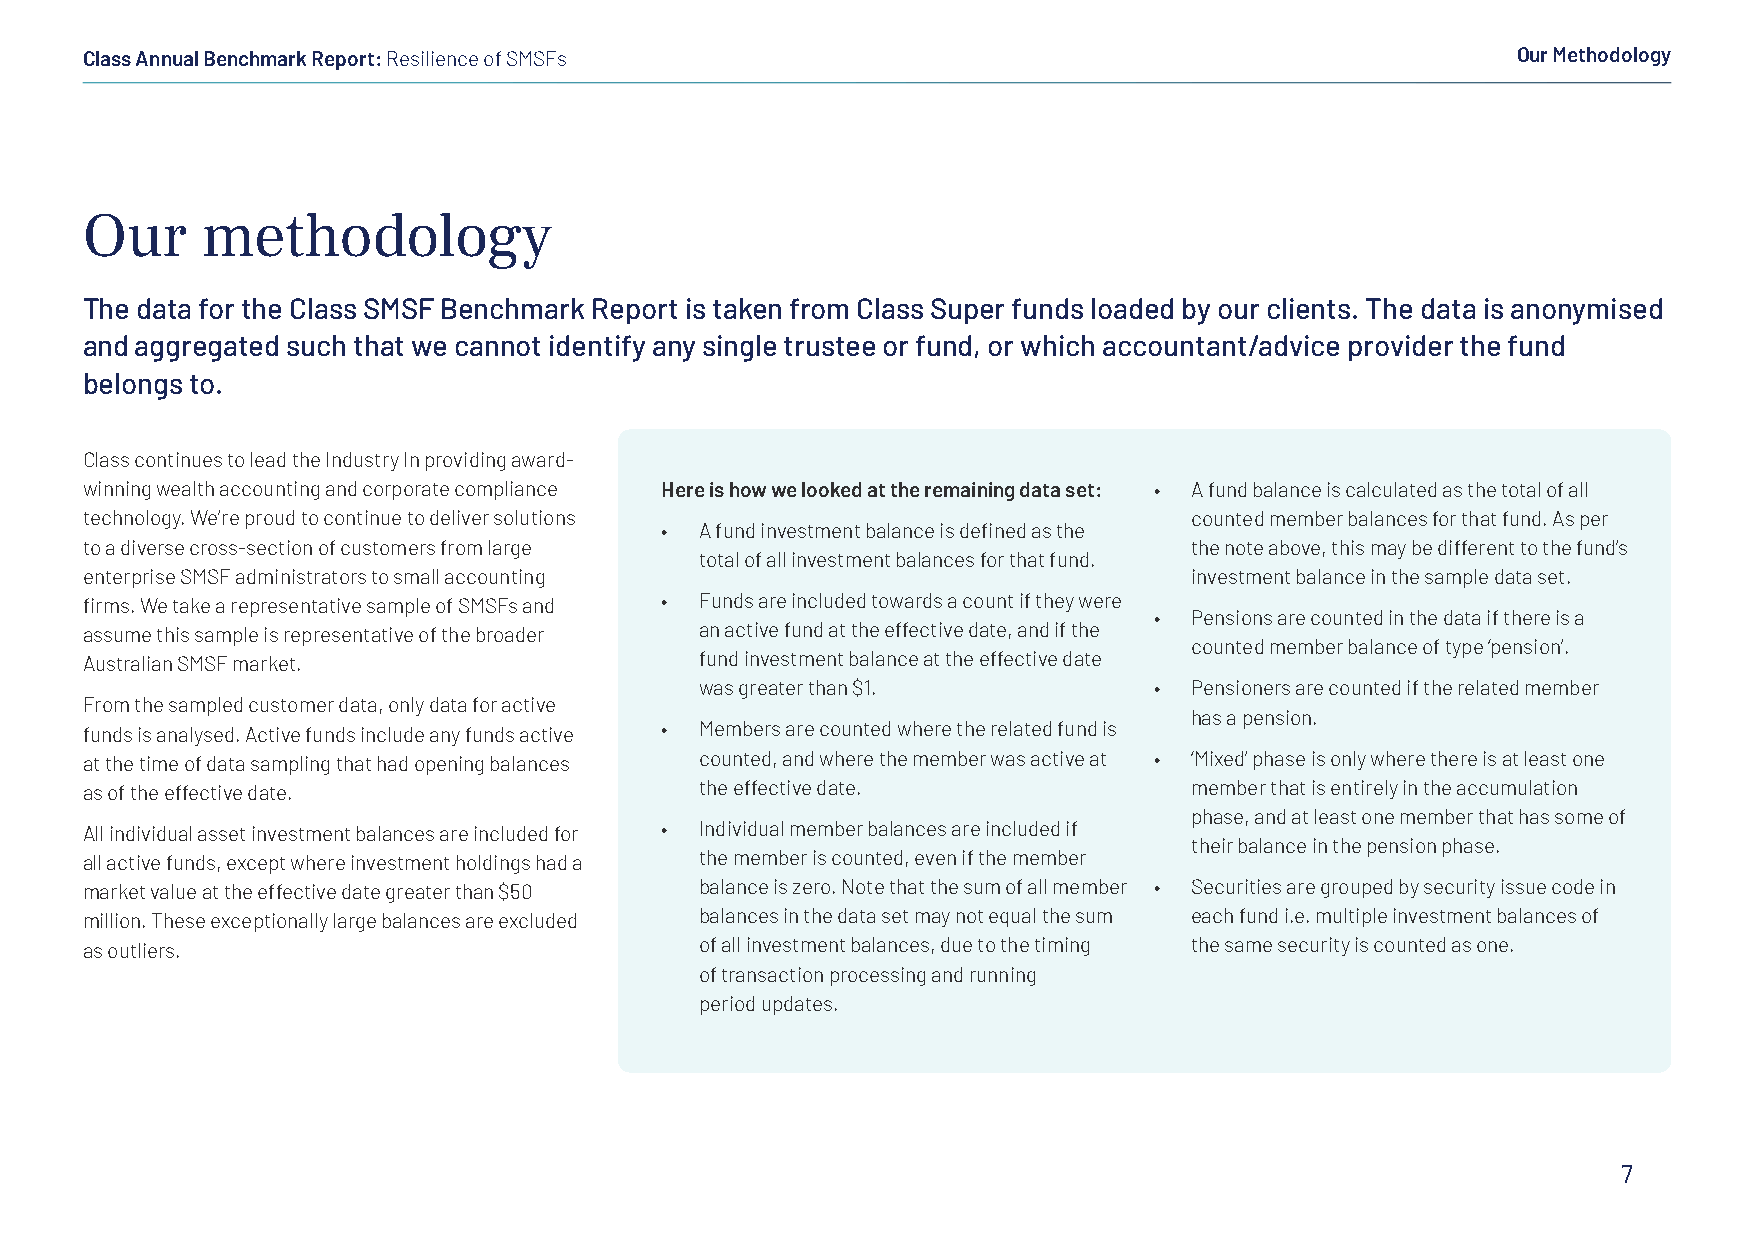
Class Annual Benchmark Report: Resilience of SMSFs                                             Our Methodology
 Our     methodology
 The data for the Class SMSF Benchmark Report is taken from Class Super funds loaded by our clients. The data is anonymised
 and aggregated such that we cannot identify any single trustee or fund, or which accountant/advice provider the fund
 belongs to.
 Class continues to lead the Industry In providing award-
 winning wealth accounting and corporate compliance Here is how we looked at the remaining data set: • A fund balance is calculated as the total of all
 technology. We’re proud to continue to deliver solutions                  counted member balances for that fund. As per
 • A fund investment balance is defined as the
 to a diverse cross-section of customers from large                        the note above, this may be different to the fund’s
 total of all investment balances for that fund.
 enterprise SMSF administrators to small accounting                        investment balance in the sample data set.
 firms. We take a representative sample of SMSFs and • Funds are included towards a count if they were
 •  Pensions are counted in the data if there is a
 assume this sample is representative of the broader an active fund at the effective date, and if the
 counted member balance of type ‘pension’.
 Australian SMSF market.                  fund investment balance at the effective date
 was greater than $1.          •  Pensioners are counted if the related member
 From the sampled customer data, only data for active
 has a pension.
 funds is analysed. Active funds include any funds active • Members are counted where the related fund is
 at the time of data sampling that had opening balances counted, and where the member was active at • ‘Mixed’ phase is only where there is at least one
 as of the effective date.                the effective date.              member that is entirely in the accumulation
 phase, and at least one member that has some of
 All individual asset investment balances are included for • Individual member balances are included if
 their balance in the pension phase.
 all active funds, except where investment holdings had a the member is counted, even if the member
 market value at the effective date greater than $50 balance is zero. Note that the sum of all member • Securities are grouped by security issue code in
 million. These exceptionally large balances are excluded balances in the data set may not equal the sum each fund i.e. multiple investment balances of
 as outliers.                             of all investment balances, due to the timing the same security is counted as one.
 of transaction processing and running
 period updates.
 7